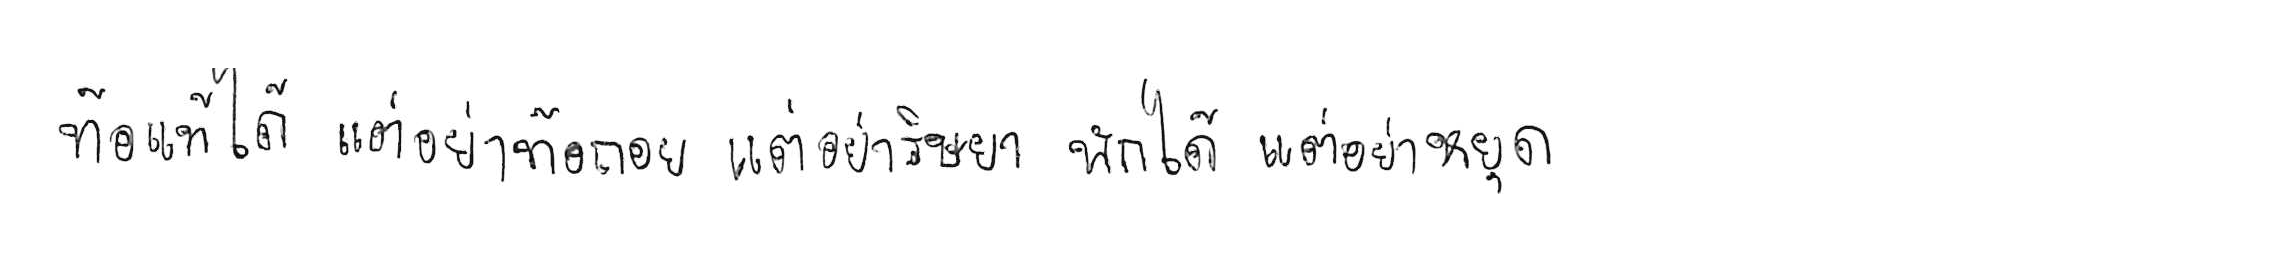
ท้อแท้ได้ แต่อย่าท้อถอย อิจฉาได้ แต่อย่าริษยา พักได้ แต่อย่าหยุด